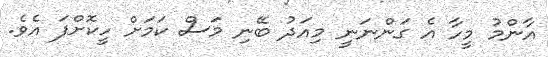
އާންމު މީހާ އެ ގަންނަނީ މިއަދު ބޭނި މަސް ކަމަށް ހީކޮށްފަ އެވެ.